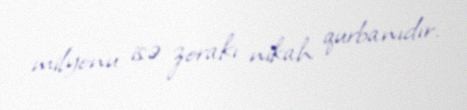
milyonu isə zorakı nikah qurbanıdır.